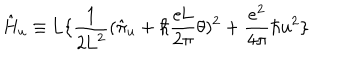
\hat { \mathrm { H } } _ { u } \equiv \mathrm { L } \{ \frac { 1 } { 2 \mathrm { L } ^ { 2 } } ( \hat { \pi } _ { u } + \hbar \frac { e \mathrm { L } } { 2 \pi } \theta ) ^ { 2 } + \frac { e ^ { 2 } } { 4 \pi } \hbar u ^ { 2 } \}